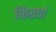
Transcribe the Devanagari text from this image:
किरणं